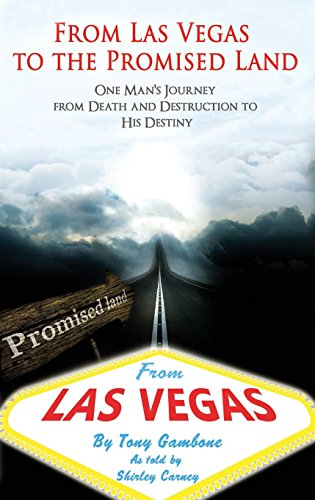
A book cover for From Las Vegas to the Promised Land; Tony Gambone; Health, Fitness & Dieting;